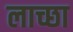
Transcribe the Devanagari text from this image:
लाच्छा